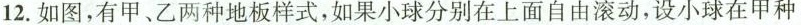
12.如图，有甲、乙两种地板样式，如果小球分别在上面自由滚动，设小球在甲种